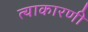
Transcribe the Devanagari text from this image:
त्याकारणी